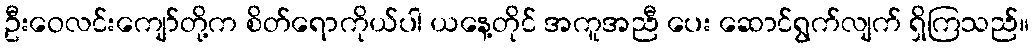
ဦးဝေလင်းကျော်တို့က စိတ်ရောကိုယ်ပါ ယနေ့တိုင် အကူအညီ ပေး ဆောင်ရွက်လျက် ရှိကြသည်။